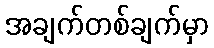
အချက်တစ်ချက်မှာ